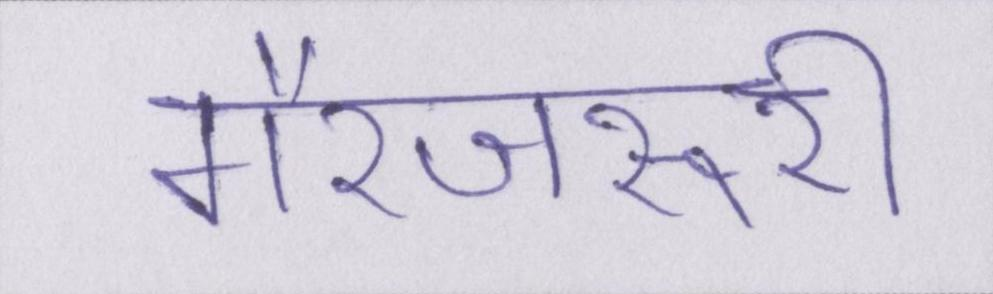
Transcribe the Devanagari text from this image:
गैरजरूरी